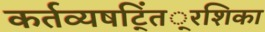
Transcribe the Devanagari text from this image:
कर्तव्यषट्तिं्रशिका